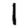
Digit: 1